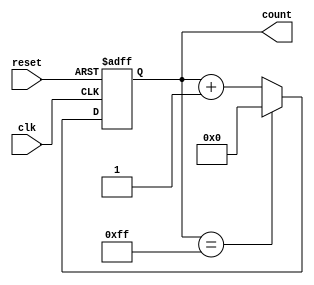
module synchronous_counter(
    input wire clk,
    input wire reset,
    output reg [7:0] count
);

reg [7:0] next_count;

always @(posedge clk or posedge reset) begin
    if (reset) begin
        count <= 8'b0000_0000;
    end else begin
        count <= next_count;
    end
end

always @(*) begin
    if (count == 8'b1111_1111) begin
        next_count = 8'b0000_0000; // reset to 0 when reaching max count
    end else begin
        next_count = count + 1; // increment count
    end
end

endmodule